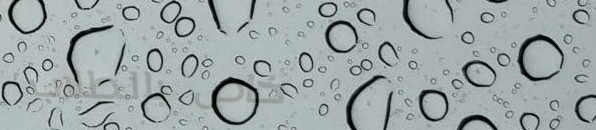
خاص بالطلاب